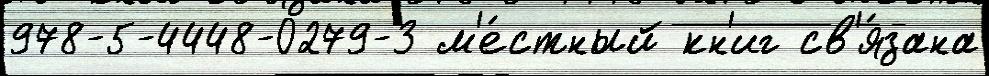
978-5-4448-0279-3 м'е́стный кн'иг св'я́зана